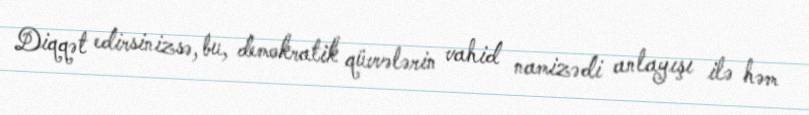
Diqqət edirsinizsə, bu, demokratik qüvvələrin vahid namizədi anlayışı ilə həm